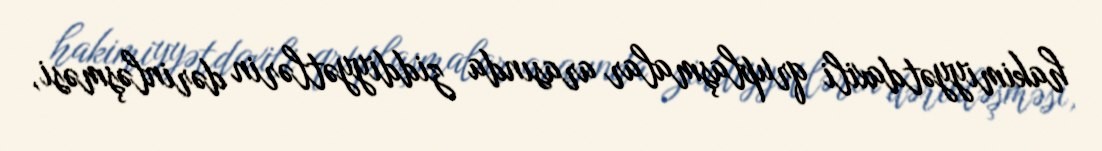
hakimiyyətdaxili qruplaşmalar arasında ziddiyyətlərin dərinləşməsi,